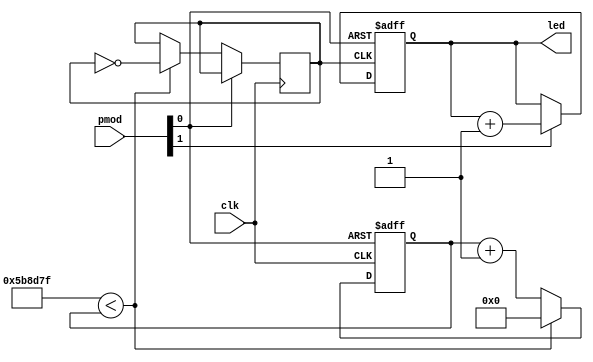
module counter (
    input               clk,        //12MHz clock
    input       [1:0]   pmod,
    output  reg [3:0]   led
);
    wire reset;
    wire enable;
    assign reset  = pmod[0];
    assign enable = pmod[1];

    reg clk_div;
    reg [23:0] clk_iter;
    localparam CLK_DIV_MAX = 24'd6000000 - 1;               //1Hz, factor of 2 from "clk_div <= ~clk_div"

    always @ (posedge reset or posedge clk) begin
        if (reset == 1'b1) begin
            clk_iter <= 24'b0;
        end else if (CLK_DIV_MAX < clk_iter) begin
            clk_iter <= 24'b0;
            clk_div <= ~clk_div;
        end else begin 
            clk_iter <= clk_iter + 1;
        end
    end

    always @ (posedge reset or posedge clk_div) begin
        if (reset == 1'b1) begin
            led <= 4'b0000;
        end else if (enable == 1'b1) begin
            led <= led + 1'b1;
        end
    end
endmodule